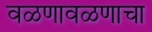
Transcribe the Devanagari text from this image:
वळणावळणाचा